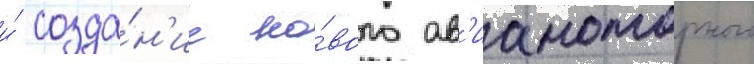
и́ созда́н'ие но́вого ав'иамоторного